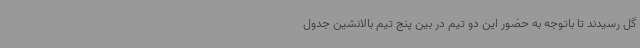
گل رسیدند تا باتوجه به حضور این دو تیم در بین پنج تیم بالانشین جدول